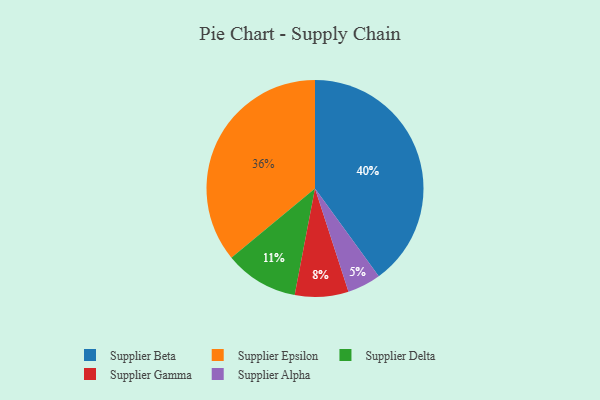
{"axis": {"x": "Category", "y": "Percentage"}, "legend": ["Supplier Alpha", "Supplier Beta", "Supplier Delta", "Supplier Epsilon", "Supplier Gamma"], "data": [{"x": "Supplier Beta", "y": 40, "type": "Supplier Beta"}, {"x": "Supplier Epsilon", "y": 36, "type": "Supplier Epsilon"}, {"x": "Supplier Gamma", "y": 8, "type": "Supplier Gamma"}, {"x": "Supplier Alpha", "y": 5, "type": "Supplier Alpha"}, {"x": "Supplier Delta", "y": 11, "type": "Supplier Delta"}]}